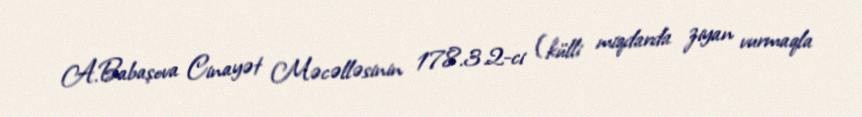
A.Babaşova Cinayət Məcəlləsinin 178.3.2-ci (külli miqdarda ziyan vurmaqla